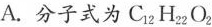
A.分子式为C_{12}H_{22}O_{2}